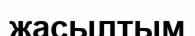
жасылтым